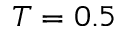
T = 0 . 5